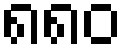
၈၈၀